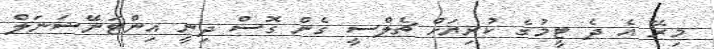
މިރޭ އެ ދެ ޓީމުގެ ކުރިޔަށް ޗެލްސީ ގެން ގޮސް ދިނީ އިންޓަނޭޝަނަލް